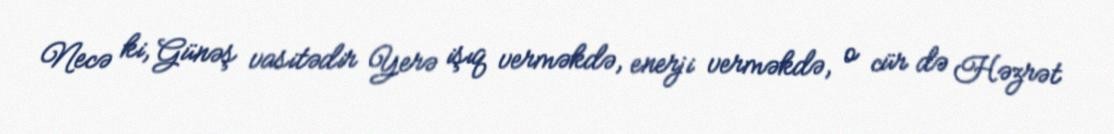
Necə ki, Günəş vasitədir Yerə işıq verməkdə, enerji verməkdə, o cür də Həzrət